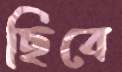
ছিবে